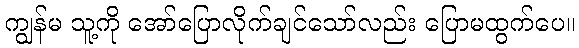
ကျွန်မ သူ့ကို အော်ပြောလိုက်ချင်သော်လည်း ပြောမထွက်ပေ။